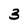
Character: 3